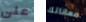
على معاناتك